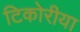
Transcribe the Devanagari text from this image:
टिकोरीया